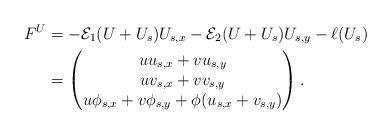
LaTeX: \begin{align*} F^U&= -\mathcal{E}_1(U+U_s)U_{s,x}-\mathcal{E}_2(U+U_s)U_{s,y}-\ell(U_s)\\&=\begin{pmatrix}uu_{s,x}+vu_{s,y}\\uv_{s,x}+vv_{s,y}\\u\phi_{s,x}+v\phi_{s,y}+\phi(u_{s,x}+v_{s,y})\end{pmatrix}.\end{align*}